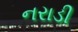
નરાડી